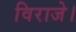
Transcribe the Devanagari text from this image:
विराजे।